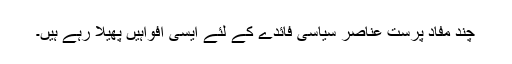
چند مفاد پرست عناصر سیاسی فائدے کے لئے ایسی افواہیں پھیلا رہے ہیں۔